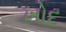
ખોદ